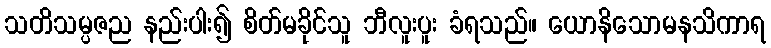
သတိသမ္ပဇည နည်းပါး၍ စိတ်မခိုင်သူ ဘီလူးပူး ခံရသည်။ ယောနိသောမနသိကာရ